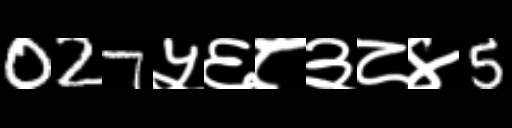
Text: 027५६८३८४5